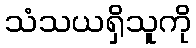
သံသယရှိသူကို